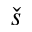
\check { s }